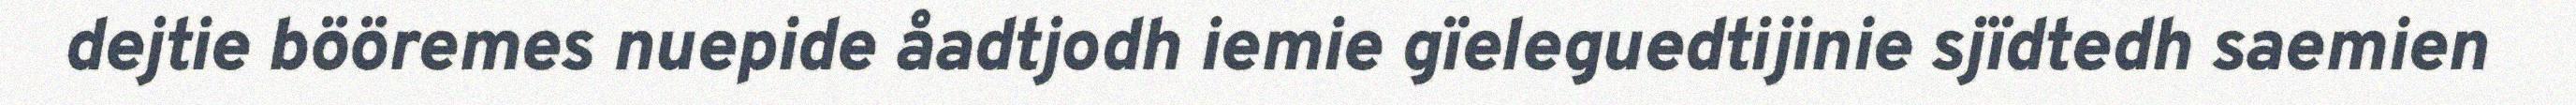
dejtie bööremes nuepide åadtjodh iemie gïeleguedtijinie sjïdtedh saemien